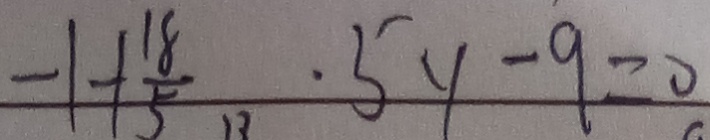
- 1 + \frac { 1 8 } { 5 } . 5 y - 9 = 0